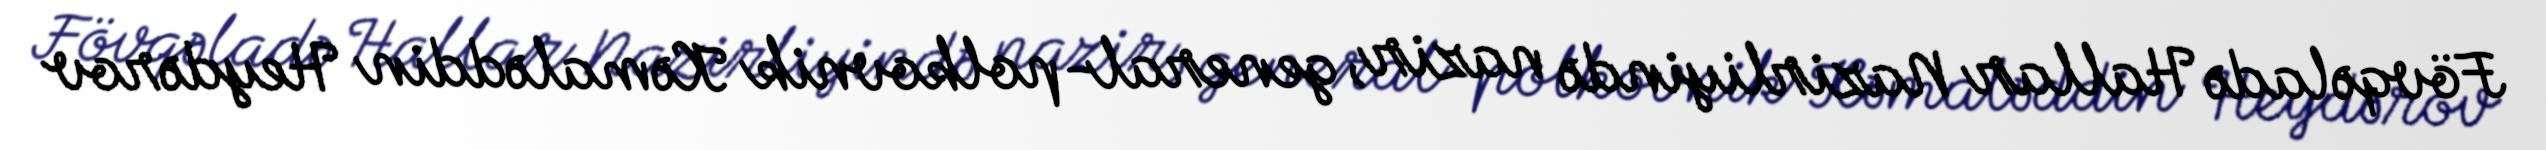
Fövqəladə Hallar Nazirliyində nazir, general-polkovnik Kəmaləddin Heydərov